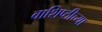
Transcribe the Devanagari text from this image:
वाशिष्ठीच्या